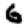
Digit: 6